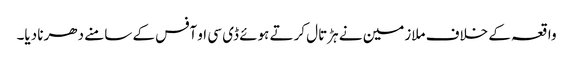
واقعہ کے خلاف ملازمین نے ہڑتال کرتے ہوئے ڈی سی او آفس کے سامنے دھرنا دیا۔